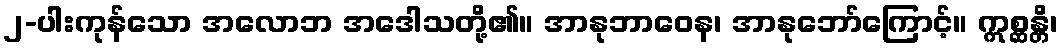
၂-ပါးကုန်သော အလောဘ အဒေါသတို့၏။ အာနုဘာဝေန၊ အာနုဘော်ကြောင့်။ ဣစ္ဆန္တိ၊